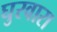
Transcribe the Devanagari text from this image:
घुरवारा